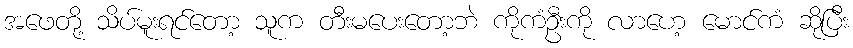
အဖေတို့ သိပ်မူးရင်တော့ သူက တီးမပေးတော့ဘဲ ကိုကံဦးကို လာဟေ့ မောင်ကံ ဆိုပြီး